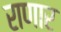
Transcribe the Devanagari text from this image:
राणार